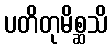
ပတိတုမိစ္ဆသိ